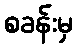
စခန်းမှ